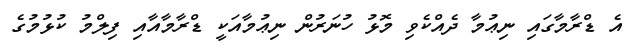
އެ ޑްރާމާގައި ނިޢުމާ ދެއްކެވި މޮޅު ހުނަރުން ނިޢުމާއަކީ ޑްރާމާއާއި ފިލްމު ކުޅުމުގެ